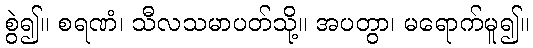
စွဲ၍။ စရဏံ၊ သီလသမာပတ်သို့။ အပတွာ၊ မရောက်မူ၍။